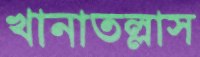
খানাতল্লাস